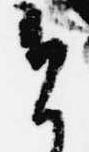
今